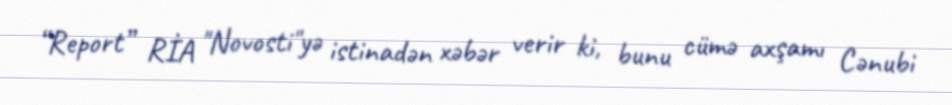
“Report” RİA "Novosti"yə istinadən xəbər verir ki, bunu cümə axşamı Cənubi